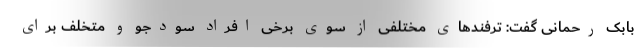
بابک رحمانی گفت: ترفندهای مختلفی از سوی برخی افراد سودجو و متخلف برای